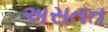
અસતત